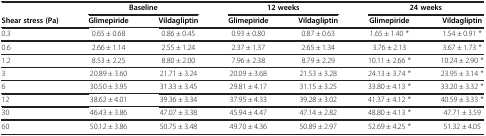
<table><thead><tr><td><b> </b></td><td colspan="2"><b>Baseline</b></td><td colspan="2"><b>12 weeks</b></td><td colspan="2"><b>24 weeks</b></td></tr><tr><td><b>Shear stress (Pa)</b></td><td><b>Glimepiride</b></td><td><b>Vildagliptin</b></td><td><b>Glimepiride</b></td><td><b>Vildagliptin</b></td><td><b>Glimepiride</b></td><td><b>Vildagliptin</b></td></tr></thead><tbody><tr><td>0.3</td><td>0.65 ± 0.68</td><td>0.86 ± 0.45</td><td>0.93 ± 0.80</td><td>0.87 ± 0.63</td><td>1.65 ± 1.40 *</td><td>1.54 ± 0.91 *</td></tr><tr><td>0.6</td><td>2.66 ± 1.14</td><td>2.55 ± 1.24</td><td>2.37 ± 1.37</td><td>2.65 ± 1.34</td><td>3.76 ± 2.13</td><td>3.67 ± 1.73 *</td></tr><tr><td>1.2</td><td>8.53 ± 2.25</td><td>8.80 ± 2.00</td><td>7.96 ± 2.38</td><td>8.79 ± 2.29</td><td>10.11 ± 2.66 *</td><td>10.24 ± 2.90 *</td></tr><tr><td>3</td><td>20.89 ± 3.60</td><td>21.71 ± 3.24</td><td>20.09 ± 3.68</td><td>21.53 ± 3.28</td><td>24.13 ± 3.74 *</td><td>23.95 ± 3.14 *</td></tr><tr><td>6</td><td>30.50 ± 3.95</td><td>31.33 ± 3.45</td><td>29.81 ± 4.17</td><td>31.15 ± 3.25</td><td>33.80 ± 4.13 *</td><td>33.20 ± 3.32 *</td></tr><tr><td>12</td><td>38.62 ± 4.01</td><td>39.36 ± 3.34</td><td>37.95 ± 4.33</td><td>39.28 ± 3.02</td><td>41.37 ± 4.12 *</td><td>40.59 ± 3.33 *</td></tr><tr><td>30</td><td>46.43 ± 3.86</td><td>47.07 ± 3.38</td><td>45.94 ± 4.47</td><td>47.14 ± 2.82</td><td>48.80 ± 4.13 *</td><td>47.71 ± 3.59</td></tr><tr><td>60</td><td>50.12 ± 3.86</td><td>50.75 ± 3.48</td><td>49.70 ± 4.36</td><td>50.89 ± 2.97</td><td>52.69 ± 4.25 *</td><td>51.32 ± 4.05</td></tr></tbody></table>